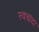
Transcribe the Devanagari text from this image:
स्वचांदा